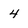
Character: 4